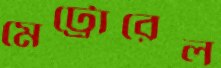
মেট্রোরেল